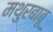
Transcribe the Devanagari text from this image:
मथुरबाबू